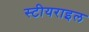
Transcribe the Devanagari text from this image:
स्टीयराइल